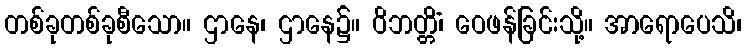
တစ်ခုတစ်ခုစီသော။ ဌာနေ၊ ဌာနေ၌။ ဝိဘတ္တိံ၊ ဝေဖန်ခြင်းသို့။ အာရောပေသိ၊